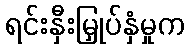
ရင်းနှီးမြှုပ်နှံမှုက